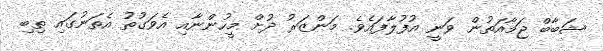
ޝަބާބް ޖަމާއަތުން ވަނީ އުފުލާފައެވެ. މަންޒަރު ދުށް މީހުންނާއި އެވަގުތު އެތަނުގައި ތިބި